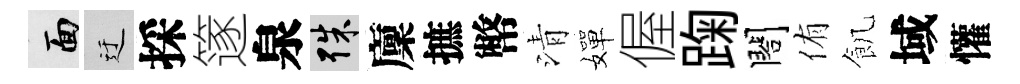
面迂採篴泉殊廩摭幣清嬋偓踘閤侑飢域懽